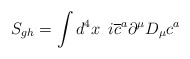
\begin{align*}S_{gh} = \int d^4x \,\,\,i \overline{c}^a \partial^\mu D_\mu c^a\end{align*}